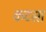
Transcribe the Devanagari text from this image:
कटसा